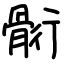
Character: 䯒